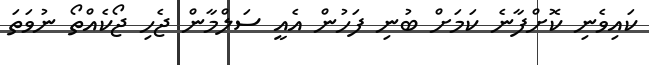
ކައިވެނި ކޮށްފާނެ ކަމަށް ބުނި ފަހުން އެއީ ސަލްމާން ޖެހި ޖޯކެއްތޯ ނުވަތަ